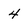
Character: 4